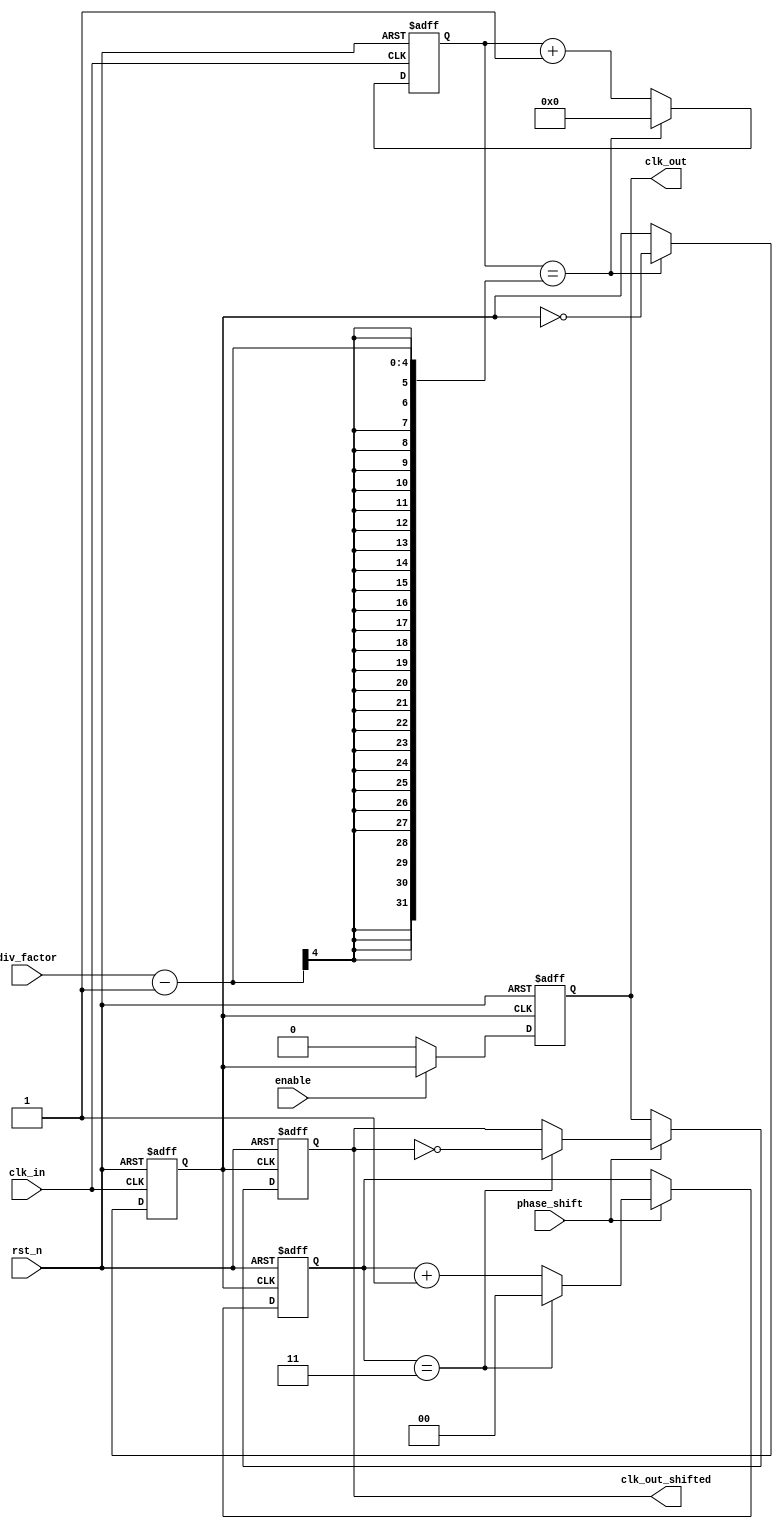
module ProgrammableClockBuffer (
    input wire clk_in,               // Primary clock input
    input wire rst_n,                // Active low reset
    input wire [3:0] div_factor,     // Division factor for clock division
    input wire phase_shift,          // Phase shift control
    input wire enable,               // Enable control for output
    output reg clk_out,              // Output clock
    output reg clk_out_shifted       // Phase shifted output clock
);

    reg [3:0] counter;               // Counter for clock division
    reg clk_div;                     // Divided clock signal
    reg [1:0] phase_counter;         // Counter for phase adjustment

    // Clock Division Logic
    always @(posedge clk_in or negedge rst_n) begin
        if (!rst_n) begin
            counter <= 0;
            clk_div <= 0;
        end else begin
            if (counter == (div_factor - 1)) begin
                clk_div <= ~clk_div; // Toggle divided clock
                counter <= 0;        // Reset counter
            end else begin
                counter <= counter + 1; // Increment counter
            end
        end
    end

    // Output Driver Logic
    always @(posedge clk_div or negedge rst_n) begin
        if (!rst_n) begin
            clk_out <= 0; // Reset output clock
        end else if (enable) begin
            clk_out <= clk_div; // Drive output clock
        end else begin
            clk_out <= 0; // Disable output clock
        end
    end

    // Phase Shifter Logic
    always @(posedge clk_div or negedge rst_n) begin
        if (!rst_n) begin
            phase_counter <= 0;
            clk_out_shifted <= 0; // Reset shifted output clock
        end else begin
            if (phase_shift) begin
                phase_counter <= phase_counter + 1; // Increment phase counter
                if (phase_counter == 2'b11) begin
                    clk_out_shifted <= ~clk_out_shifted; // Toggle shifted clock
                    phase_counter <= 0; // Reset phase counter
                end
            end else begin
                clk_out_shifted <= clk_out; // No phase shift
            end
        end
    end

endmodule